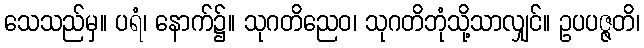
သေသည်မှ။ ပရံ၊ နောက်၌။ သုဂတိညေဝ၊ သုဂတိဘုံသို့သာလျှင်။ ဥပပဇ္ဇတိ၊